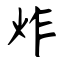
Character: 炸